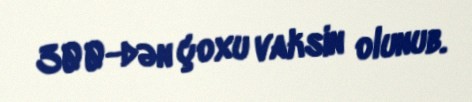
300-dən çoxu vaksin olunub.